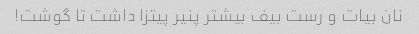
نان بیات و رست بیف بیشتر پنیر پیتزا داشت تا گوشت!